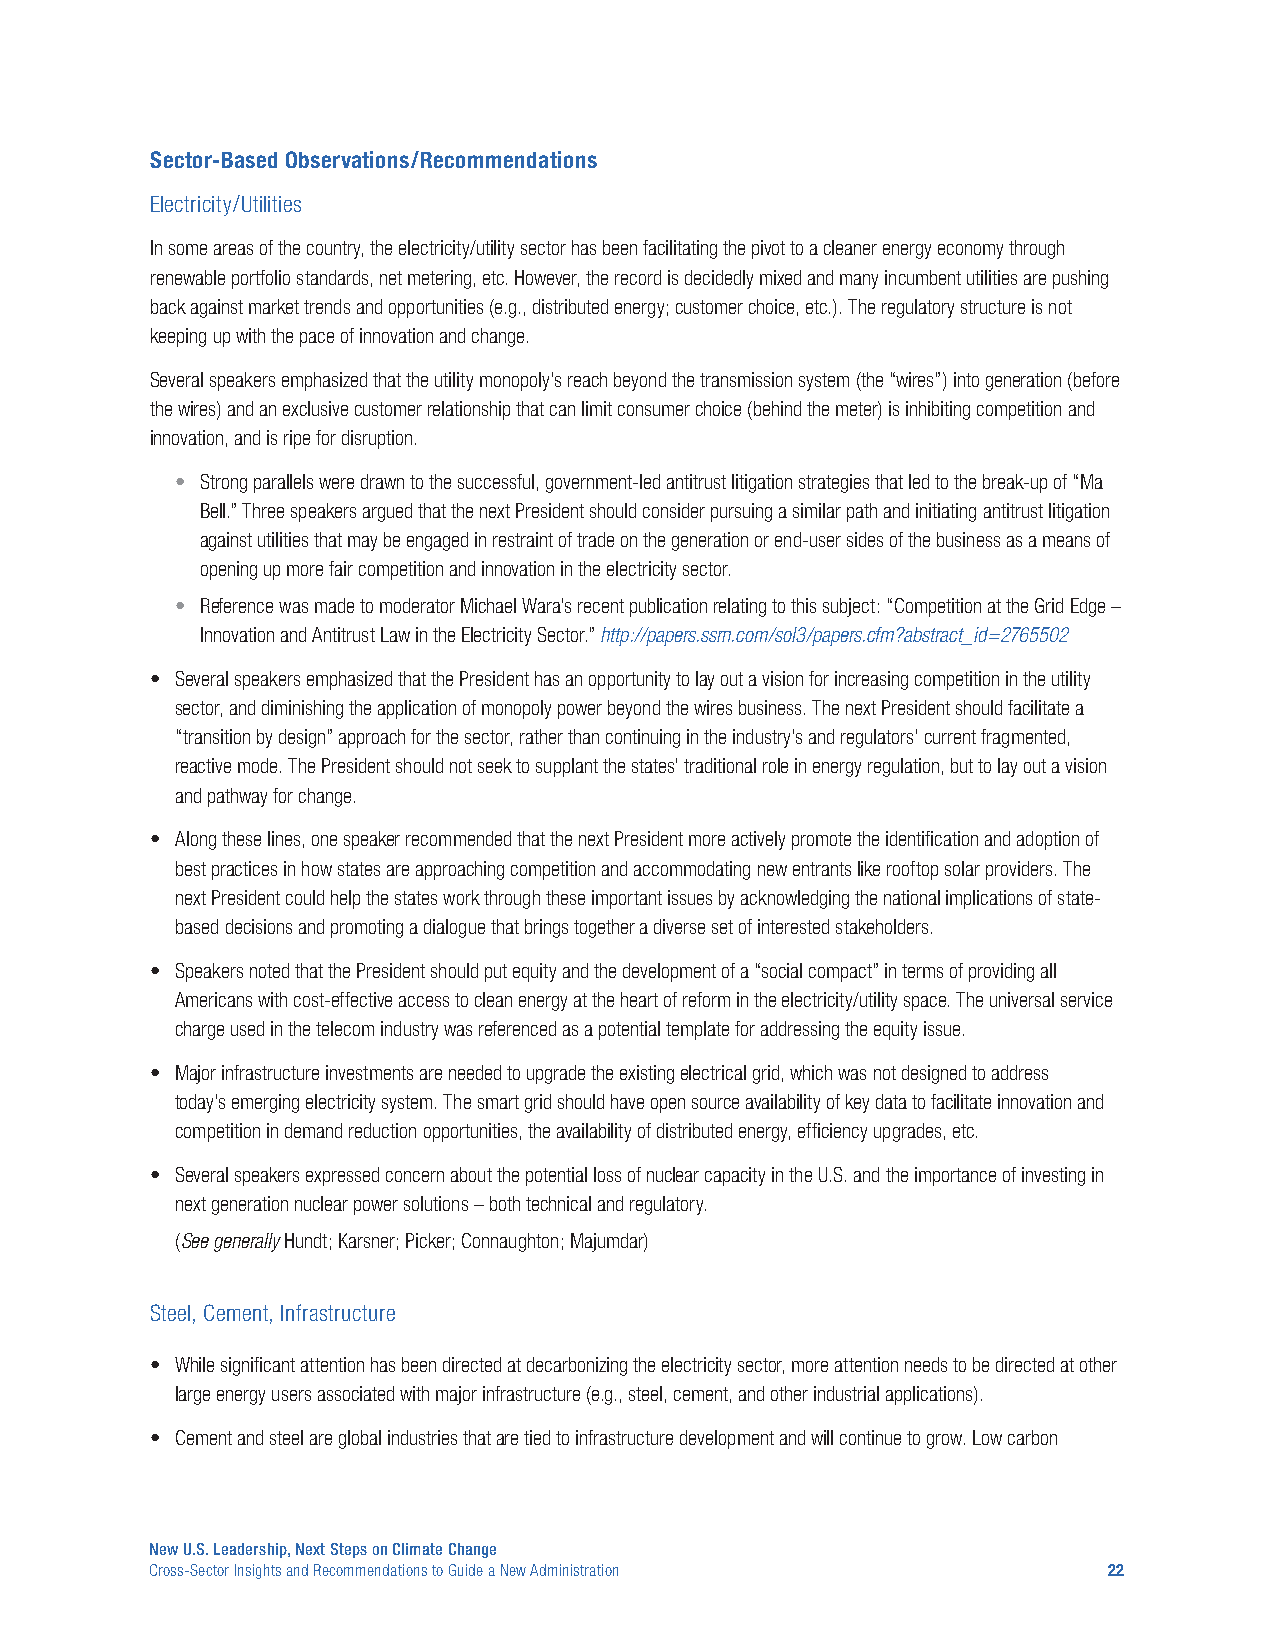
Sector-Based Observations/Recommendations
 Electricity/Utilities
 In some areas of the country, the electricity/utility sector has been facilitating the pivot to a cleaner energy economy through
 renewable portfolio standards, net metering, etc. However, the record is decidedly mixed and many incumbent utilities are pushing
 back against market trends and opportunities (e.g., distributed energy; customer choice, etc.). The regulatory structure is not
 keeping up with the pace of innovation and change.
 Several speakers emphasized that the utility monopoly’s reach beyond the transmission system (the “wires”) into generation (before
 the wires) and an exclusive customer relationship that can limit consumer choice (behind the meter) is inhibiting competition and
 innovation, and is ripe for disruption.
 • Strong parallels were drawn to the successful, government-led antitrust litigation strategies that led to the break-up of “Ma
 Bell.” Three speakers argued that the next President should consider pursuing a similar path and initiating antitrust litigation
 against utilities that may be engaged in restraint of trade on the generation or end-user sides of the business as a means of
 opening up more fair competition and innovation in the electricity sector.
 • Reference was made to moderator Michael Wara’s recent publication relating to this subject: “Competition at the Grid Edge –
 Innovation and Antitrust Law in the Electricity Sector.” http://papers.ssrn.com/sol3/papers.cfm?abstract_id=2765502
 • Several speakers emphasized that the President has an opportunity to lay out a vision for increasing competition in the utility
 sector, and diminishing the application of monopoly power beyond the wires business. The next President should facilitate a
 “transition by design” approach for the sector, rather than continuing in the industry’s and regulators’ current fragmented,
 reactive mode. The President should not seek to supplant the states’ traditional role in energy regulation, but to lay out a vision
 and pathway for change.
 • Along these lines, one speaker recommended that the next President more actively promote the identification and adoption of
 best practices in how states are approaching competition and accommodating new entrants like rooftop solar providers. The
 next President could help the states work through these important issues by acknowledging the national implications of state-
 based decisions and promoting a dialogue that brings together a diverse set of interested stakeholders.
 • Speakers noted that the President should put equity and the development of a “social compact” in terms of providing all
 Americans with cost-effective access to clean energy at the heart of reform in the electricity/utility space. The universal service
 charge used in the telecom industry was referenced as a potential template for addressing the equity issue.
 • Major infrastructure investments are needed to upgrade the existing electrical grid, which was not designed to address
 today’s emerging electricity system. The smart grid should have open source availability of key data to facilitate innovation and
 competition in demand reduction opportunities, the availability of distributed energy, efficiency upgrades, etc.
 • Several speakers expressed concern about the potential loss of nuclear capacity in the U.S. and the importance of investing in
 next generation nuclear power solutions – both technical and regulatory.
 (See generally Hundt; Karsner; Picker; Connaughton; Majumdar)
 Steel, Cement, Infrastructure
 • While significant attention has been directed at decarbonizing the electricity sector, more attention needs to be directed at other
 large energy users associated with major infrastructure (e.g., steel, cement, and other industrial applications).
 • Cement and steel are global industries that are tied to infrastructure development and will continue to grow. Low carbon
 New U.S. Leadership, Next Steps on Climate Change
 Cross-Sector Insights and Recommendations to Guide a New Administration 22